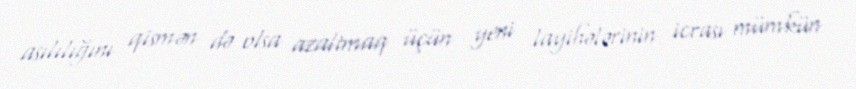
asılılığını qismən də olsa azaltmaq üçün yeni layihələrinin icrası mümkün